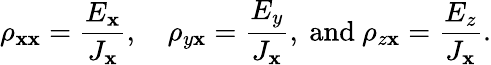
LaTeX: \rho_{\mathbf{x}\mathbf{x}}={\frac{{E_{\mathbf{x}}}}{{J_{\mathbf{x}}}}},\quad\rho_{y\mathbf{x}}={\frac{{E_{y}}}{{J_{\mathbf{x}}}}},{\mathrm{{~and~}}}\rho_{z\mathbf{x}}={\frac{{E_{z}}}{{J_{\mathbf{x}}}}}.